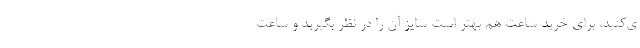
ی‌کنید، برای خرید ساعت هم بهتر است سایز آن را در نظر بگیرید و ساعت